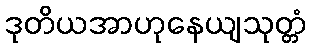
ဒုတိယအာဟုနေယျသုတ္တံ